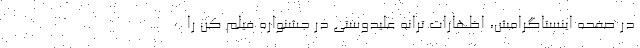
در صفحه اینستاگرامش، اظهارات ترانه علیدوستی در جشنواره فیلم کن را